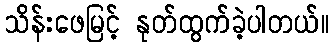
သိန်းဖေမြင့် နုတ်ထွက်ခဲ့ပါတယ်။